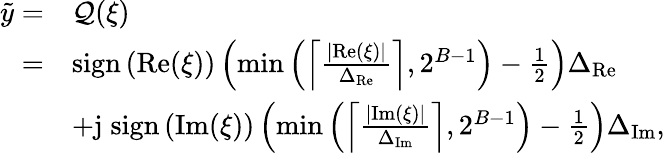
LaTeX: \begin{array}{rl}{\tilde{y}=}&{\mathcal{Q}(\xi)}\\ {=}&{{\mathrm{sign}}\left({\mathrm{Re}(\xi)}\right)\left(\operatorname*{min}\left(\left\lceil\frac{|{\mathrm{Re}(\xi)}|}{\Delta_{\mathrm{Re}}}\right\rceil,2^{B-1}\right)-\frac{1}{2}\right)\Delta_{\mathrm{Re}}}\\ &{+{\mathrm{j}}\; {\mathrm{sign}}\left({\mathrm{Im}(\xi)}\right)\left(\operatorname*{min}\left(\left\lceil\frac{|{\mathrm{Im}(\xi)}|}{\Delta_{\mathrm{Im}}}\right\rceil,2^{B-1}\right)-\frac{1}{2}\right)\Delta_{\mathrm{Im}},}\end{array}